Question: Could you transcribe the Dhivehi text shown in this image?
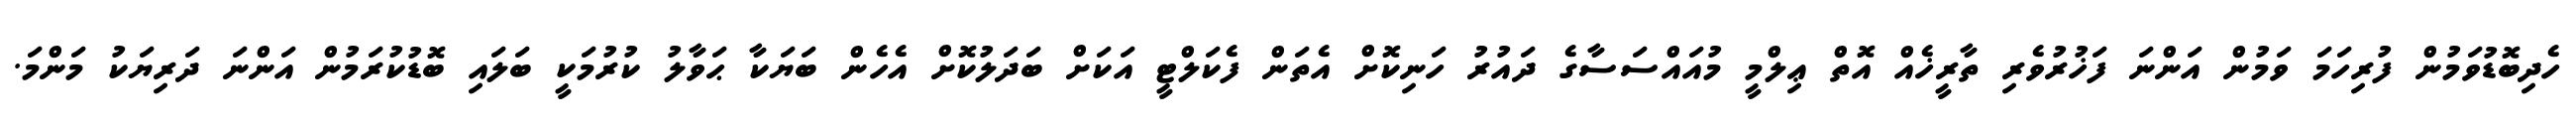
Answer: ހެދިބޮޑުވަމުން ފުރިހަމަ ވަމުން އަންނަ ފަޚުރުވެރި ތާރީޚެއް އޮތް ޢިލްމީ މުއައްސަސާގެ ދައުރު ހަނިކޮށް އެތަން ފެކަލްޓީ އަކަށް ބަދަލުކޮށް އެހެން ބަޔަކާ ޙަވާލު ކުރުމަކީ ބަލައި ބޮޑުކުރަމުން އަންނަ ދަރިޔަކު މަންމަ.